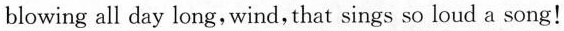
blowing all day long, wind, that sings so loud a song!